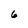
Character: 6